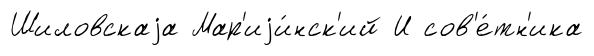
Шиловскаjа Мар'иjи́нск'ий И сов'е́тн'ика